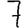
Digit: 7